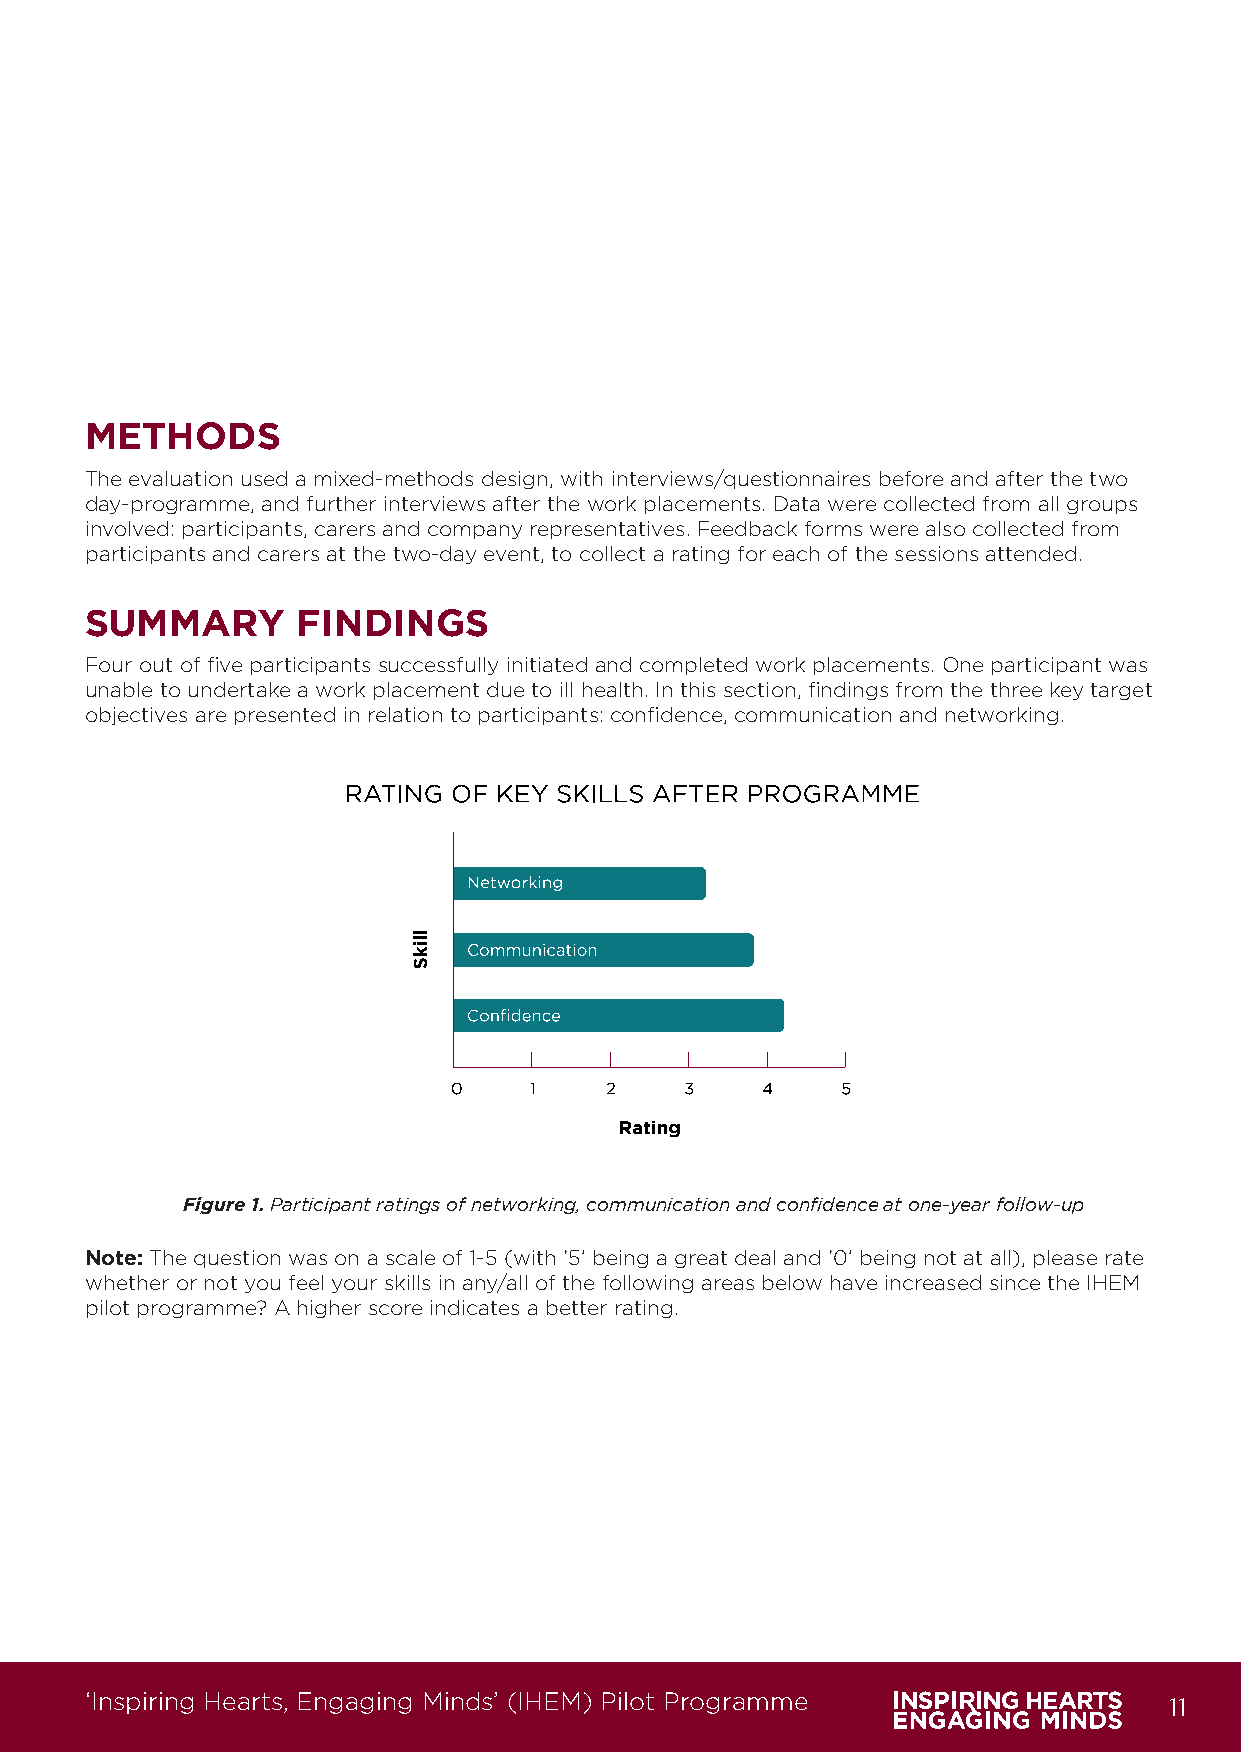
METHODS
 The evaluation used a mixed-methods design, with interviews/questionnaires before and after the two
 day-programme, and further interviews after the work placements. Data were collected from all groups
 involved: participants, carers and company representatives. Feedback forms were also collected from
 participants and carers at the two-day event, to collect a rating for each of the sessions attended.
 SUMMARY       FINDINGS
 Four out of five participants successfully initiated and completed work placements. One participant was
 unable to undertake a work placement due to ill health. In this section, findings from the three key target
 objectives are presented in relation to participants: confidence, communication and networking.
 Figure 1. Participant ratings of networking, communication and confidence at one-year follow-up
 Note: The question was on a scale of 1-5 (with ‘5’ being a great deal and ‘0’ being not at all), please rate
 whether or not you feel your skills in any/all of the following areas below have increased since the IHEM
 pilot programme? A higher score indicates a better rating.
 ‘Inspiring Hearts, Engaging Minds’ (IHEM) Pilot Programme              11
 IHEM-Evaluation-Summary-Report_Brand Compliant.indd 11                  29/09/2020 06:59:13